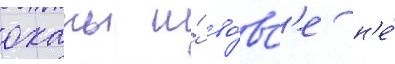
оханы и́ во́вс'е н'е́